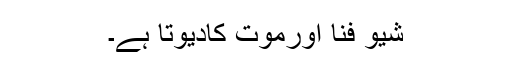
شیو فنا اورموت کادیوتا ہے۔